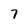
Character: 7